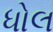
ધોલ